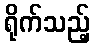
ရိုက်သည့်